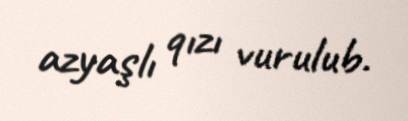
azyaşlı qızı vurulub.